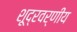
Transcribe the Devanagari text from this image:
शूद्रवर्णीय